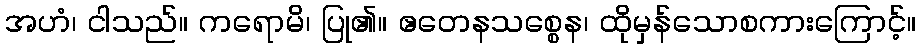
အဟံ၊ ငါသည်။ ကရောမိ၊ ပြု၏။ ဧတေနသစ္စေန၊ ထိုမှန်သောစကားကြောင့်။